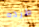
طرده